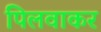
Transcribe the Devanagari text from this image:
पिलवाकर